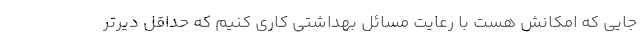
جایی که امکانش هست با رعایت مسائل بهداشتی کاری کنیم که حداقل دیرتر